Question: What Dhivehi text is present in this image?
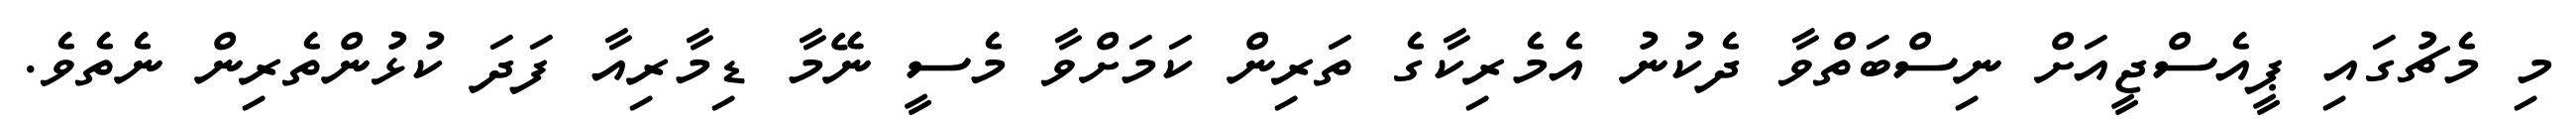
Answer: މި މެޗުގައި ޕީއެސްޖީއަށް ނިސްބަތްވާ ދެކުނު އެމެރިކާގެ ތަރިން ކަމަށްވާ މެސީ ނޭމާ ޑިމާރިއާ ފަދަ ކުޅުންތެރިން ނެތެވެ.